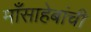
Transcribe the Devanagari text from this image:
माँसाहेबांची